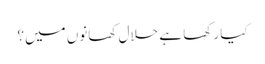
کیا رکھا ہے حلال کھانوں میں؟